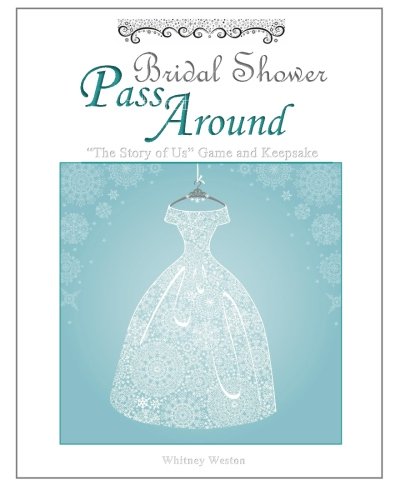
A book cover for Bridal Shower Game and Keepsake: "The Story of Us" Pass Around; Whitney Weston; Crafts, Hobbies & Home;